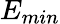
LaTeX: E_{min}